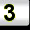
Digit: 3